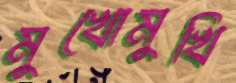
মুখোমুখি